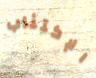
الإكتئاب